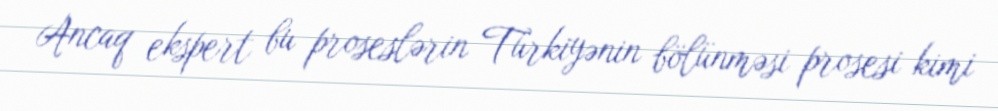
Ancaq ekspert bu proseslərin Türkiyənin bölünməsi prosesi kimi